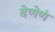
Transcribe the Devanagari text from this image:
देणेणं